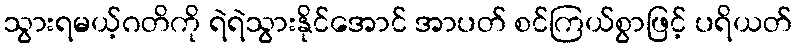
သွားရမယ့်ဂတိကို ရဲရဲသွားနိုင်အောင် အာပတ် စင်ကြယ်စွာဖြင့် ပရိယတ်